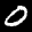
Label: 0